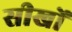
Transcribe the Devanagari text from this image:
सीखों